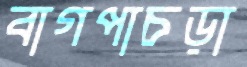
বাগপাচড়া